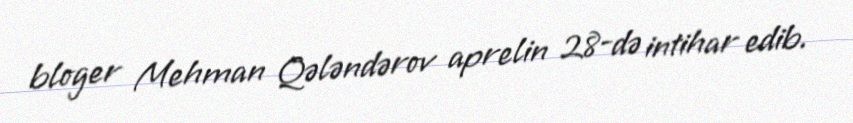
bloger Mehman Qələndərov aprelin 28-də intihar edib.